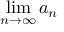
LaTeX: \operatorname* { l i m } _ { n \to \infty } a _ { n }